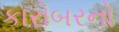
કારોબરનો